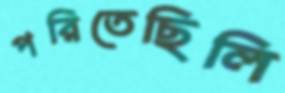
পরিতেছিলি